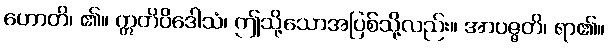
ဟောတိ၊ ၏။ ဣတိပိဒေါသံ၊ ဤသို့သောအပြစ်သို့လည်း။ အာပဇ္ဇတိ၊ ရာ၏။